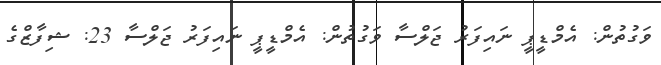
ވަގުތުން: އެމްޑީޕީ ނައިފަރު ޖަލްސާ ވަގުތުން: އެމްޑީޕީ ނައިފަރު ޖަލްސާ 23: ޝިފާޒްގެ